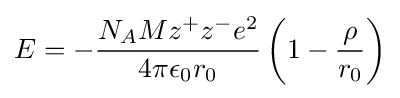
E=-{\frac {N_{A}Mz^{+}z^{-}e^{2}}{4\pi \epsilon _{0}r_{0}}}\left(1-{\frac {\rho }{r_{0}}}\right)